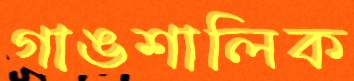
গাঙশালিক